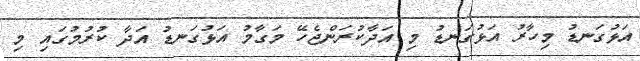
އަޅުގަނޑު މިހާރު އަޅުގަނޑު މި އަދާކުރަންޖެހޭ މަގާމު އަޅުގަނޑު އަދާ ކުރުމުގައި މި